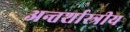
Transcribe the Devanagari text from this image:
अन्तर्शास्त्रीय